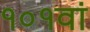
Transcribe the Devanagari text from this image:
१०१वां